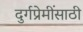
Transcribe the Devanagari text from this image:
दुर्गप्रेमींसाठी